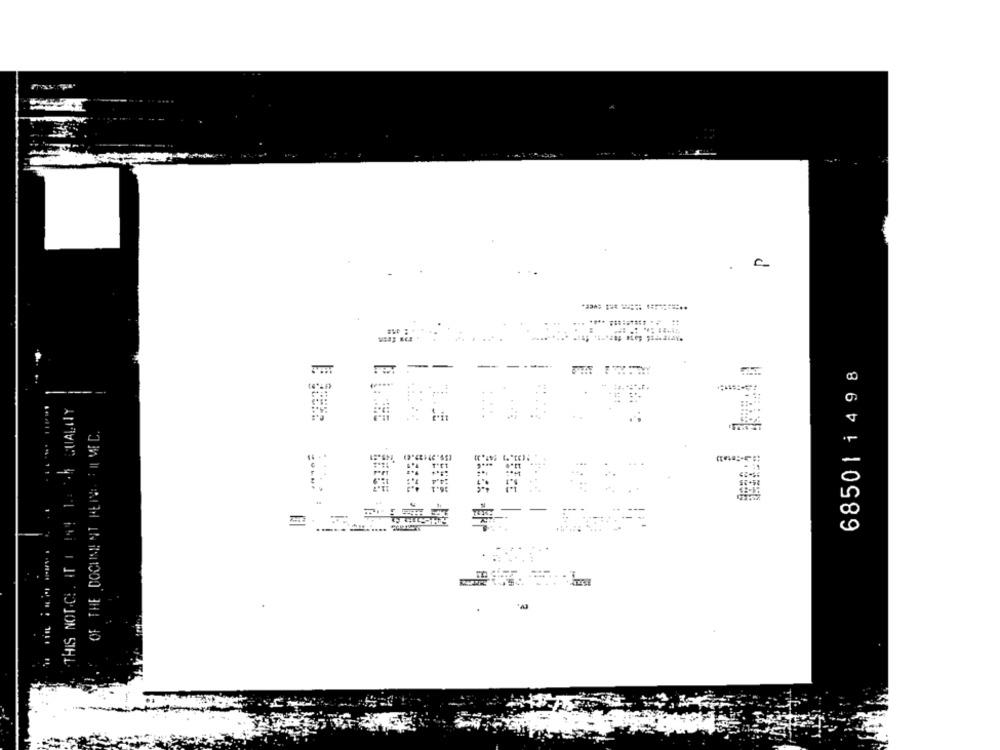
**** =======...:
685011498
THIS NOTICE. IT I EN! 1.8 5% SUALLY